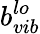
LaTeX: b_{vib}^{lo}